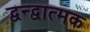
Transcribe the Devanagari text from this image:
द्वन्द्वात्मक